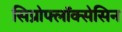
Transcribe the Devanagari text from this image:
सिप्रोफ्लॉक्सेसिन